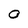
Character: 0